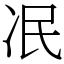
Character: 冺